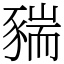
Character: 䝎